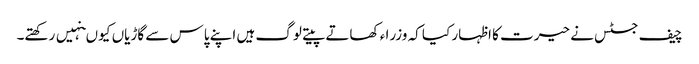
چیف جسٹس نے حیرت کا اظہار کیا کہ وزرا ء کھاتے پیتے لوگ ہیں اپنے پاس سے گاڑیاں کیو ںنہیں رکھتے۔